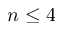
{ n \leq 4 }